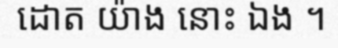
ដោត យ៉ាង នោះ ឯង ។